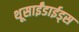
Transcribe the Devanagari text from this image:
थूसाईंडाईड्स